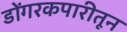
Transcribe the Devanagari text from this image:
डोंगरकपारीतून